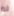
لم